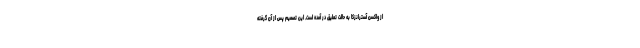
از واکسن آسترانزکا به حالت تعلیق در آمده است. این تصمیم پس از آن گرفته